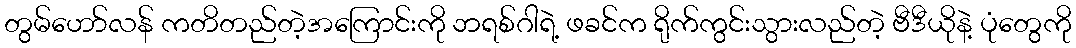
တွမ်ဟော်လန် ကတိတည်တဲ့အကြောင်းကို ဘရစ်ဂါရဲ့ ဖခင်က ရိုက်ကွင်းသွားလည်တဲ့ ဗီဒီယိုနဲ့ ပုံတွေကို